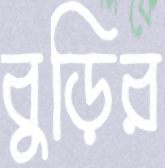
বুড়ির